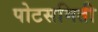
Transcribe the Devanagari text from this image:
पोटसमिती